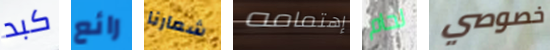
كبد رائع شعارنا إهتمامه لحام خصوصي